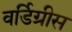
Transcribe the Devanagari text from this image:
वर्डिग्रीस